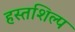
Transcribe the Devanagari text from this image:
हस्तशिल्‍प